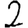
Digit: 2